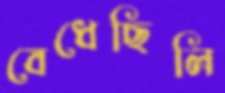
বেধেছিলি